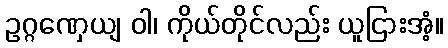
ဥဂ္ဂဏှေယျ ဝါ၊ ကိုယ်တိုင်လည်း ယူငြားအံ့။